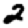
Digit: 2